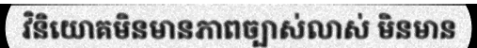
វិនិយោគមិនមានភាពច្បាស់លាស់ មិនមាន